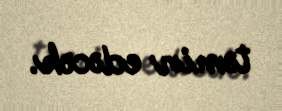
təmin edəcək.